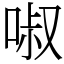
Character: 𠴫